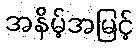
အနိမ့်အမြင့်